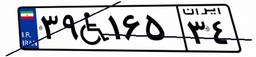
۱۲W۰۸۸۴۶